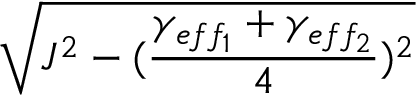
\sqrt { J ^ { 2 } - ( \frac { \gamma _ { e f f _ { 1 } } + \gamma _ { e f f _ { 2 } } } { 4 } ) ^ { 2 } }